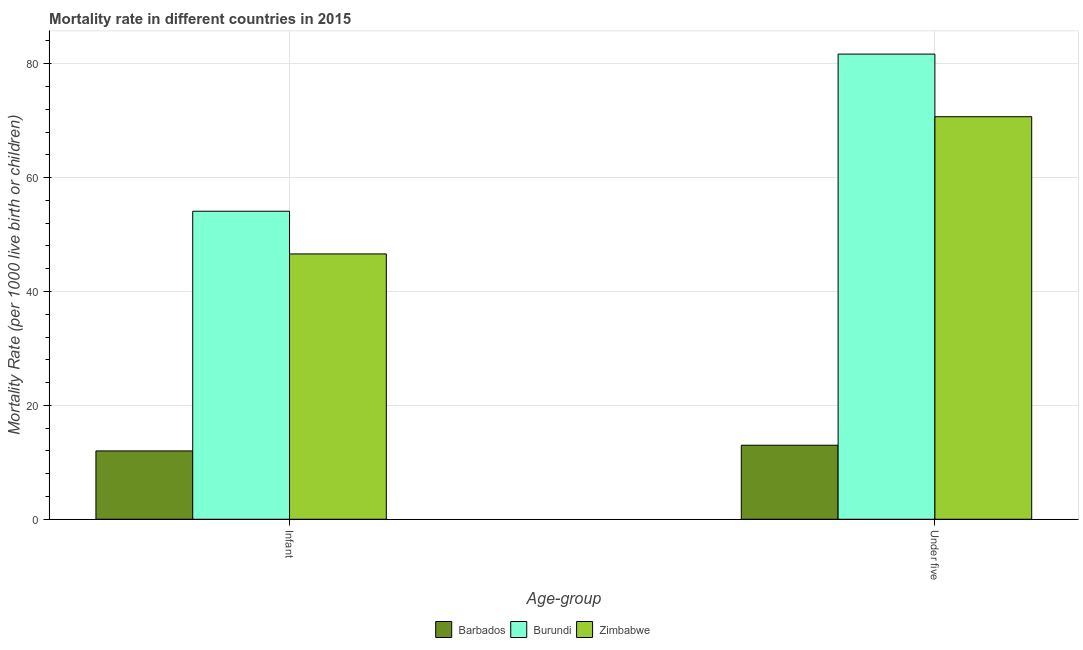
| Age-group | Barbados | Burundi | Zimbabwe |
 | --- | --- | --- | --- |
 | Infant | 12 | 54.1 | 46.6 |
 | Under five | 13 | 81.7 | 70.7 |